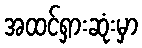
အထင်ရှားဆုံးမှာ